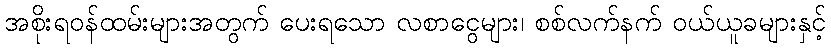
အစိုးရဝန်ထမ်းများအတွက် ပေးရသော လစာငွေများ၊ စစ်လက်နက် ဝယ်ယူခများနှင့်